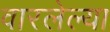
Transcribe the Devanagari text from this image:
वारलेल्या